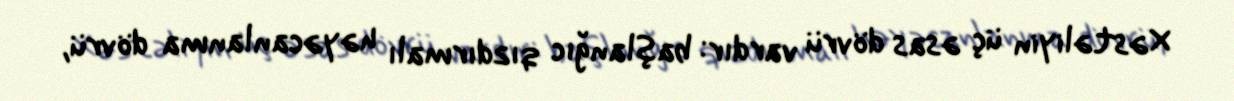
Xəstəliyin üç əsas dövrü vardır: başlanğıc qızdırmalı həyəcanlanma dövrü,